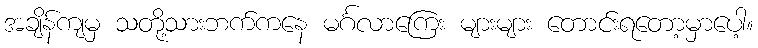
အချိန်ကျမှ သတို့သားဘက်ကနေ မင်္ဂလာကြေး များများ တောင်းရတော့မှာပေါ့။